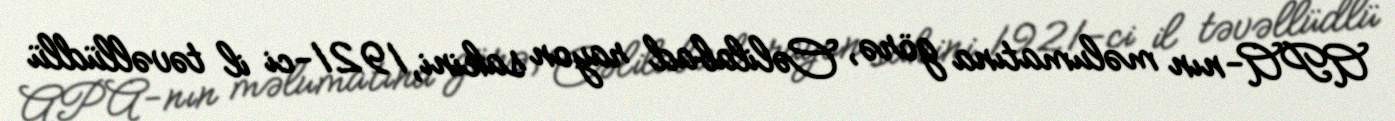
APA-nın məlumatına görə, Cəlilabad rayon sakini, 1921-ci il təvəllüdlü